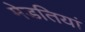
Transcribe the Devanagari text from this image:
मेडतियां